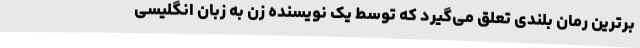
برترین رمان بلندی تعلق می‌گیرد که توسط یک نویسنده زن به زبان انگلیسی